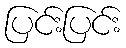
ပြင်းပြင်း